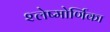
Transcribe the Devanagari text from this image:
श्लेष्मोर्णिका